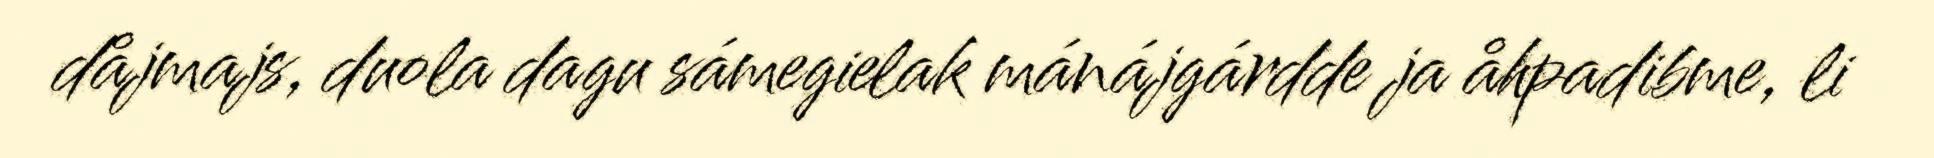
dåjmajs, duola dagu sámegielak mánájgárdde ja åhpadibme, li